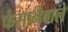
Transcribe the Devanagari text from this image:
फंसानेवाले